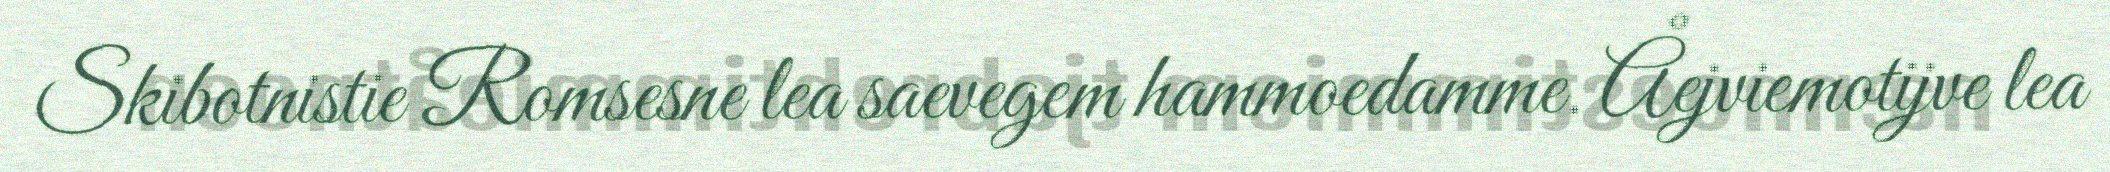
Skibotnistie Romsesne lea saevegem hammoedamme. Åejviemotijve lea